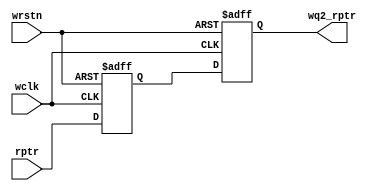
module sync_r2w #(parameter ADDR_SIZE=3)(
input wclk,wrstn,
input [ADDR_SIZE:0] rptr,
output reg [ADDR_SIZE:0] wq2_rptr
);

reg [ADDR_SIZE:0] wq1_rptr;

always@(posedge wclk or negedge wrstn) begin
if(!wrstn) {wq2_rptr,wq1_rptr} <= 0;
else {wq2_rptr,wq1_rptr} <= {wq1_rptr,rptr};
end


endmodule